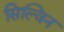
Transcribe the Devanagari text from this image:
सिल्विन